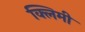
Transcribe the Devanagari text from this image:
क्लिमी